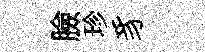
臉珍豸